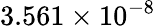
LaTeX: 3.561\times 10^{-8}